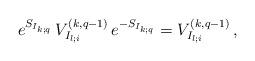
LaTeX: \begin{align*}e^{S_{I_{k;q}}}\,V^{(k,q-1)}_{I_{l;i}}\,e^{-S_{I_{k;q}}}=V^{(k,q-1)}_{I_{l;i}}\,,\end{align*}